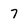
Character: 7